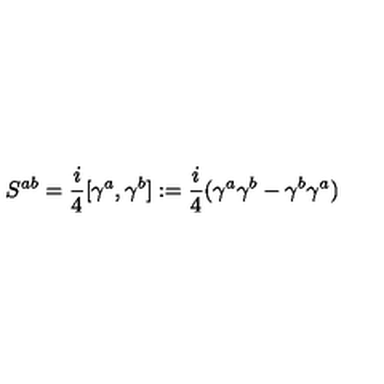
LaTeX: S ^ { a b } = \frac { i } { 4 } [ \gamma ^ { a } , \gamma ^ { b } ] : = \frac { i } { 4 } ( \gamma ^ { a } \gamma ^ { b } - \gamma ^ { b } \gamma ^ { a } )